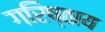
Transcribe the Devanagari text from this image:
गरिष्ठाय